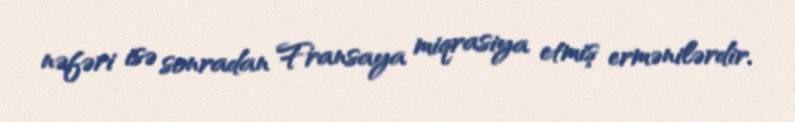
nəfəri isə sonradan Fransaya miqrasiya etmiş ermənilərdir.